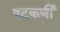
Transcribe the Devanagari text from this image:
षट्‌कर्णीं